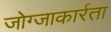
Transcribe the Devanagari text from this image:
जोग्जाकार्रता